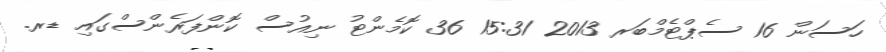
ހަސަން 16 ސެޕްޓެމްބަރ 2013 15:31 36 ކޮމެންޓު ނިއުސް ކޮންފަރެންސްގައި ޑރ.